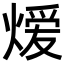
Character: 𬊺